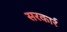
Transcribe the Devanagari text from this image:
सरकार्र